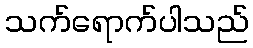
သက်ရောက်ပါသည်